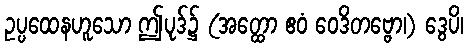
ဥပ္ပထေနဟူသော ဤပုဒ်၌ (အတ္ထော ဧဝံ ဝေဒိတဗ္ဗော၊) ဒွေပိ၊